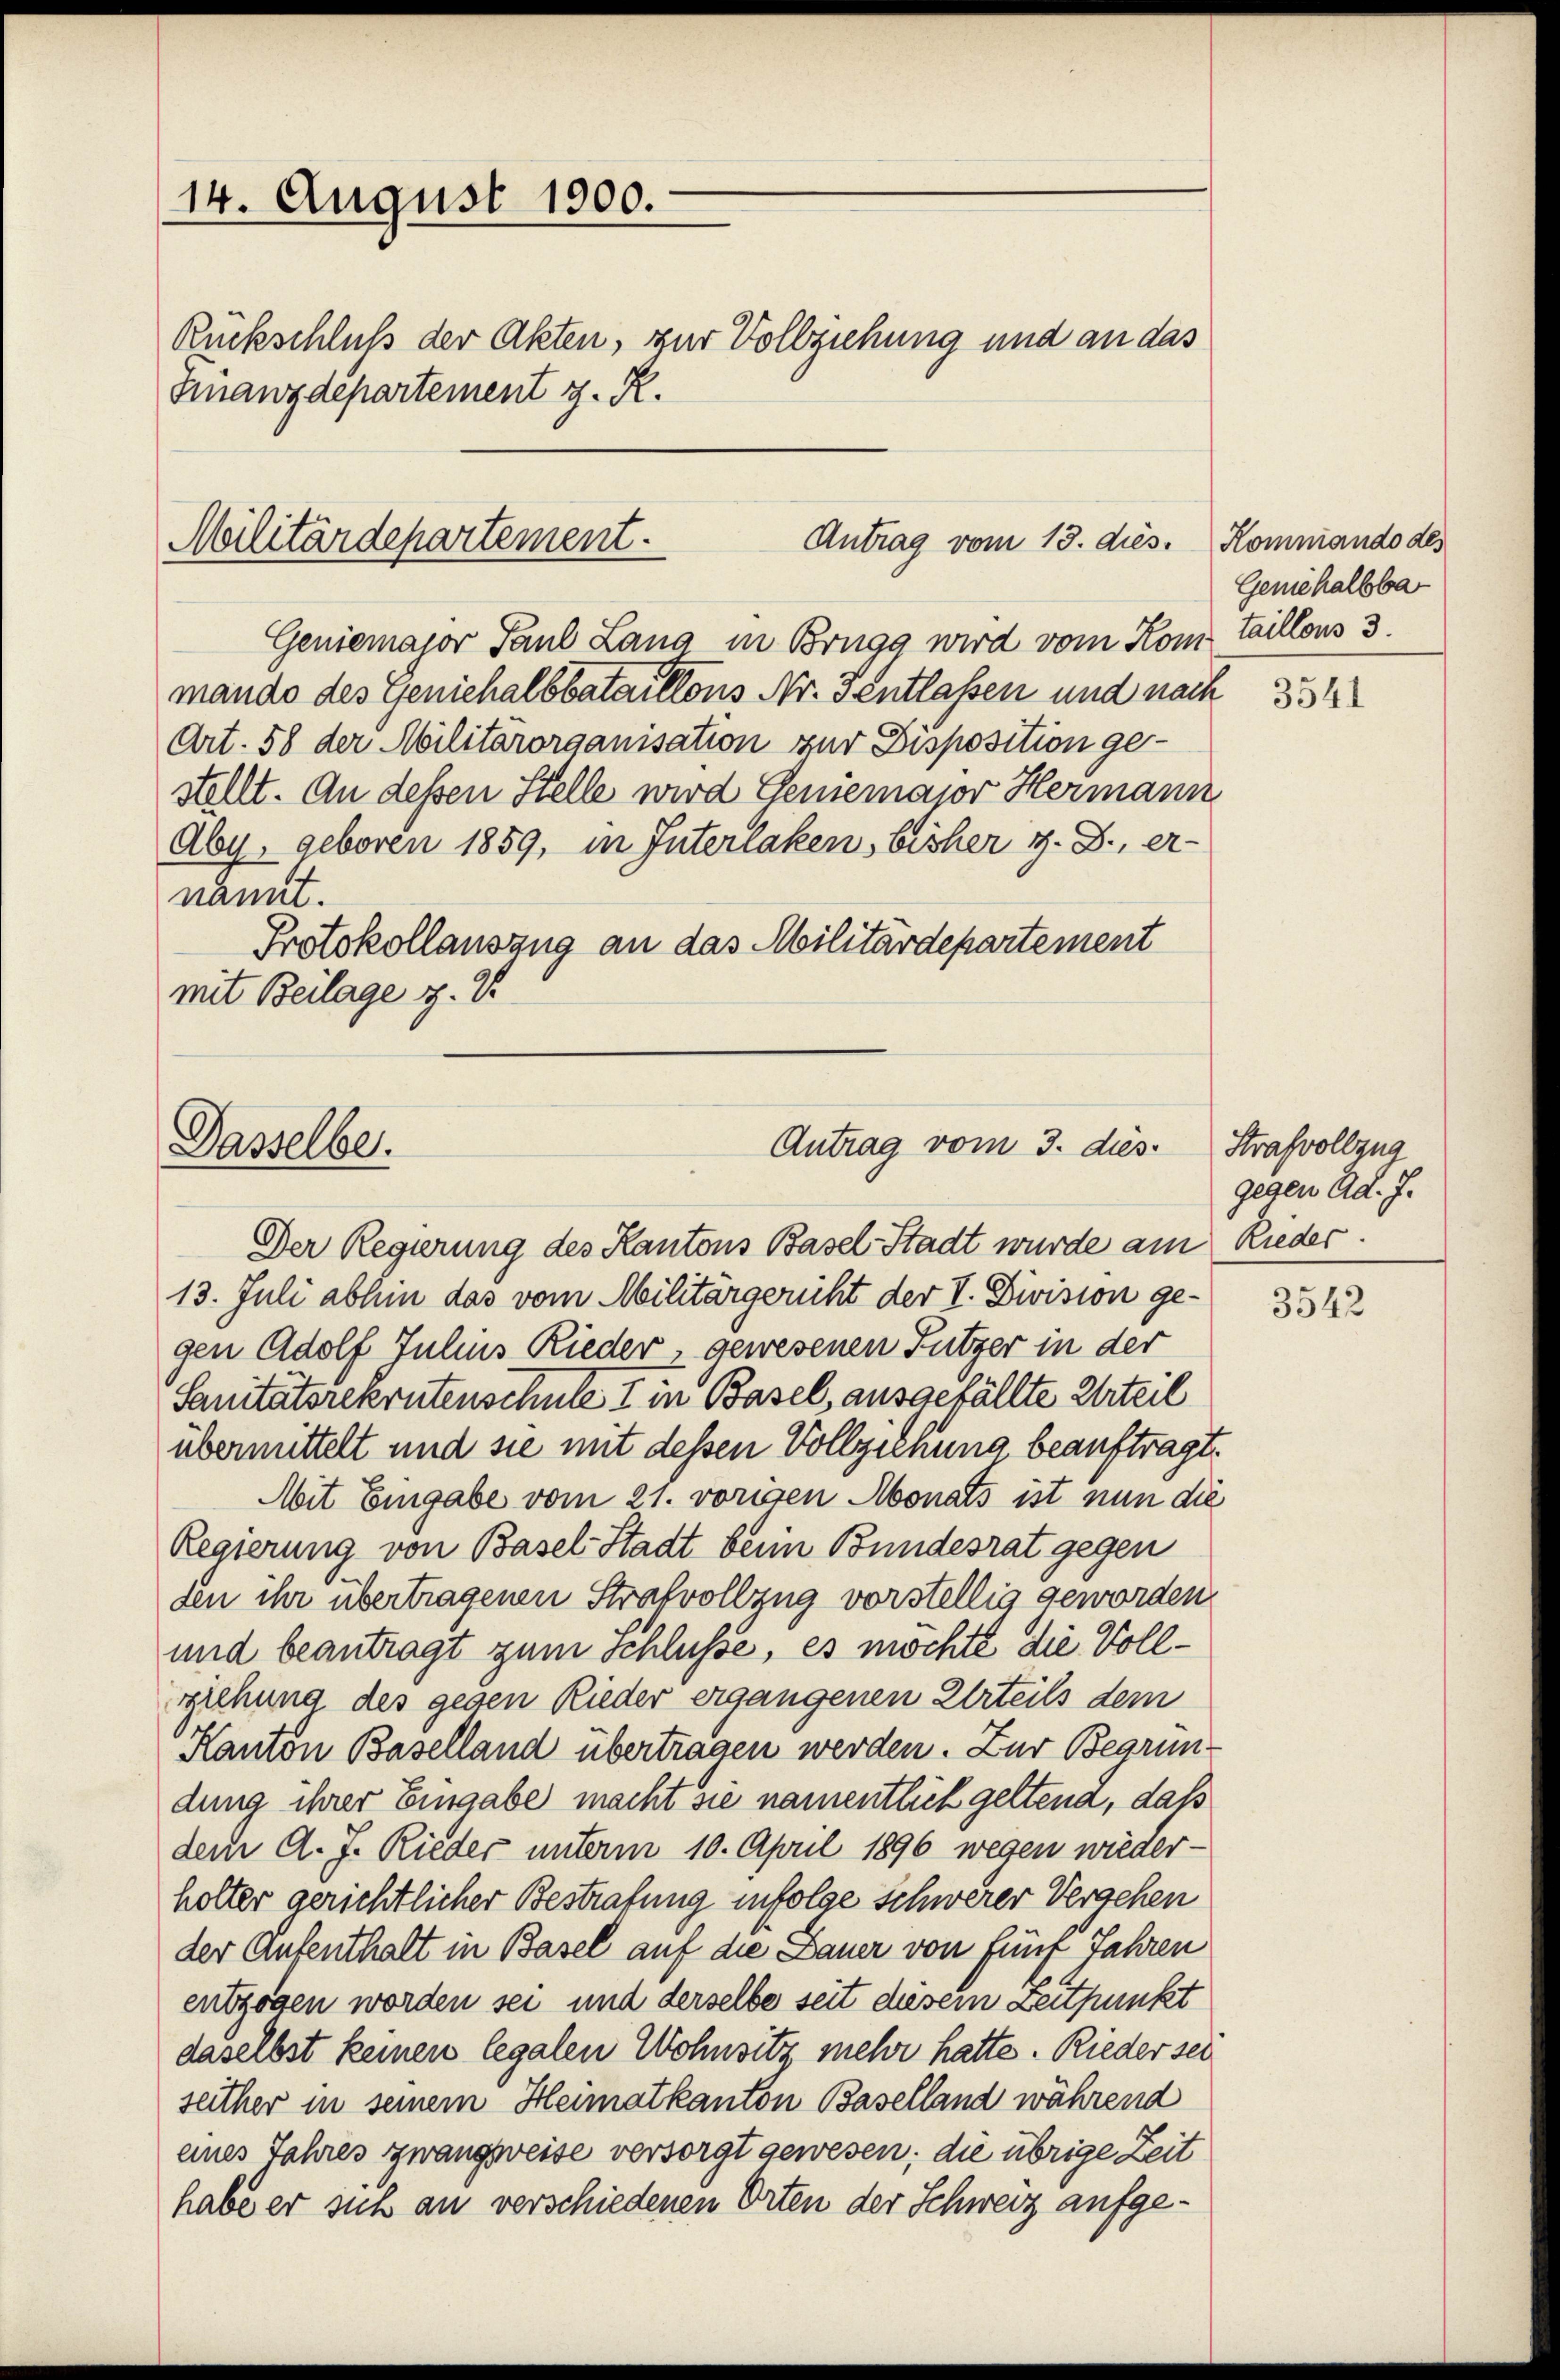
14. August 1900.
Rückschluß der Akten, zur Vollziehung und an das
Finanzdepartement z. R.

Militärdepartement.
Antrag vom 13. dies.

Geniemajor Paul Lang in Brugg wird vom Kom
mando des Geniehalbbataillons Nr. Gentlassen und nach
Art. 58 der Militärorganisation zur Disposition gestellt. An dessen Stelle wird Geniemajor Hermann
Aby, geboren 1859, in Interlaken, bisher z. B., er-
nannt.
Protokollauszug an das Militärdepartement
mit Beilage p. V.

Dasselbe.

Der Regierung des Kantons Basel-Stadt wurde am Rieder.
13. Juli abhin das vom Militärgericht der V. Division gegen Adolf Julius Rieder gewesenen Futzer in der
Sanitätsrekrutenschule I in Basel, ausgefällte Urteil
übermittelt und sie mit dessen Vollziehung beauftragt.
Mit Eingabe vom 21. vorigen Monats ist nun die
Regierung von Basel-Stadt beim Bundesrat gegen
den ihr übertragenen Strafvollzug vorstellig geworden
und beantragt zum Schlüsse, es möchte die Vollziehung des gegen Rieder ergangenen Urteils dem
Kanton Baselland übertragen werden. Zur Begründung ihrer Eingabe macht sie namentlich geltend, daß
dem d. J. Rieder unterm 10. April 1896 wegen wieder-
holter gerichtlicher Bestrafung infolge schwerer Vergehen
der Aufenthalt in Basel auf die Dauer von fünf Jahren
entzogen worden sei und derselbe seit diesem Zeitpunkt
daselbst keinen legalen Wohnsitz mehr hatte. Rieder sei
seither in seinem Heimatkanton Baselland während
eines Jahres zwangweise versorgt gewesen; die übrige Zeit
habe er sich an verschiedenen Orten der Schweiz aufge¬

Antrag vom 3. dies

Kommando des
Genie halbbar
taillons 3.

3541

Strafvollzug
gegen Ad. J.

3542